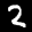
Label: 2